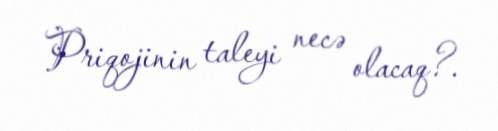
Priqojinin taleyi necə olacaq?.